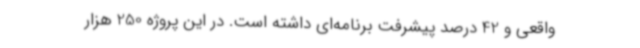
واقعی و 42 درصد پیشرفت برنامه‌ای داشته است. در این پروژه 250 هزار